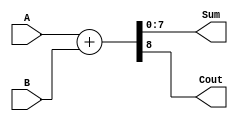
module Adder(input wire [7:0] A, B,
             output wire [7:0] Sum,
             output wire Cout);

    reg [7:0] Sum;
    reg Cout;
    
    always @* begin
        {Cout, Sum} = A + B;
    end

endmodule